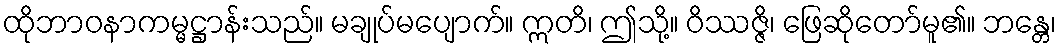
ထိုဘာဝနာကမ္မဋ္ဌာန်းသည်။ မချုပ်မပျောက်။ ဣတိ၊ ဤသို့။ ဝိဿဇ္ဇိ၊ ဖြေဆိုတော်မူ၏။ ဘန္တေ၊